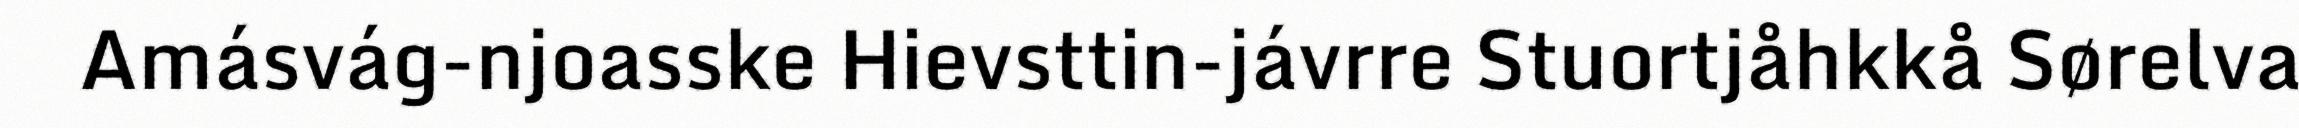
Amásvág-njoasske Hievsttin-jávrre Stuortjåhkkå Sørelva